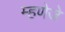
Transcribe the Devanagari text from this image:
म्हणेजे